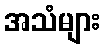
အသံများ